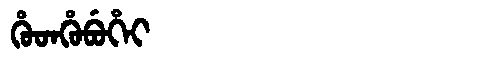
Manchu: ᡥᡠᡨᡥᡠᠪᡠᡥᡝᡳ
Romanization: HUTHUBUHEI